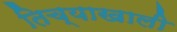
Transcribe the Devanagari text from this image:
तिच्याखाली